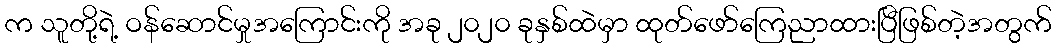
က သူတို့ရဲ့ ဝန်ဆောင်မှုအကြောင်းကို အခု ၂၀၂၀ ခုနှစ်ထဲမှာ ထုတ်ဖော်ကြေညာထားပြီဖြစ်တဲ့အတွက်